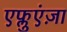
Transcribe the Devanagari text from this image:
एफ्लुएंज़ा